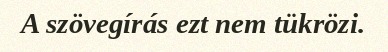
A szövegírás ezt nem tükrözi.